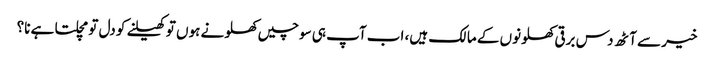
خیر سے آٹھ دس برقی کھلونوں کے مالک ہیں، اب آپ ہی سوچیں کھلونے ہوں تو کھیلنے کو دل تو مچلتا ہے نا؟